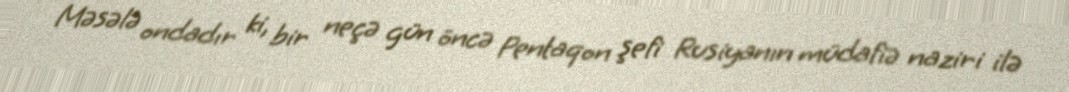
Məsələ ondadır ki, bir neçə gün öncə Pentaqon şefi Rusiyanın müdafiə naziri ilə